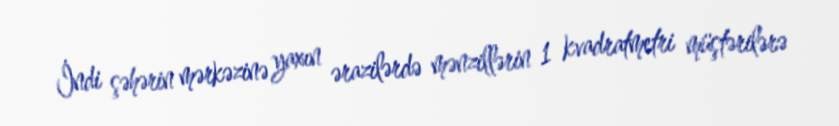
İndi şəhərin mərkəzinə yaxın ərazilərdə mənzillərin 1 kvadratmetri müştərilərə